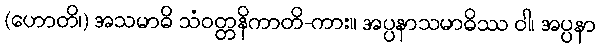
(ဟောတိ၊) အသမာဓိ သံဝတ္တနိကာတိ-ကား။ အပ္ပနာသမာဓိဿ ဝါ၊ အပ္ပနာ